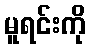
မူရင်းကို